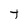
Character: t